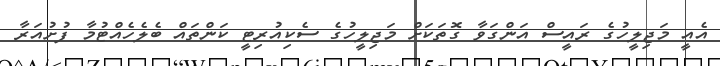
އެއީ މަޖިލީހުގެ ރައީސް އަންގަވާ ގޮތަކަށް މަޖިލީހުގެ ސެކިއުރިޓީ ކަންތައް ބެލެހެއްޓުމާ ފުށުއަރާ